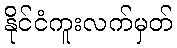
နိုင်ငံကူးလက်မှတ်